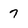
Character: 7